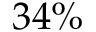
3 4 \%